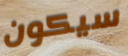
سيكون